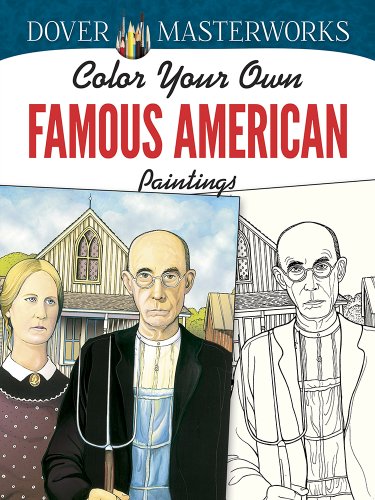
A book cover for Dover Masterworks: Color Your Own Famous American Paintings; Marty Noble; Crafts, Hobbies & Home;